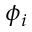
\phi _ { i }